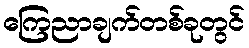
ကြေညာချက်တစ်ခုတွင်